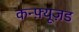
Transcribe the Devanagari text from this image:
कन्फ़्यूज़ड